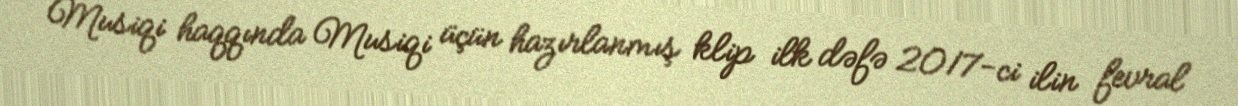
Musiqi haqqında Musiqi üçün hazırlanmış klip ilk dəfə 2017-ci ilin fevral